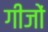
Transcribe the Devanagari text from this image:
गीजों